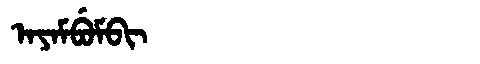
Manchu: ᠠᠶᠠᠮᠪᡠᠮᠪᡳ
Romanization: AYAMBUMBI